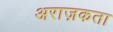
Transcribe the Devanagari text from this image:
अराज़कता